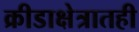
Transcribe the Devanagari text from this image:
क्रीडाक्षेत्रातही